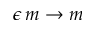
\epsilon \, m \rightarrow m